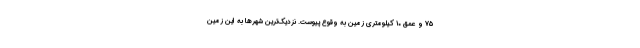
۷۵ و عمق ۱۰ کیلومتری زمین به وقوع پیوست. نزدیک‌ترین شهرها به این زمین